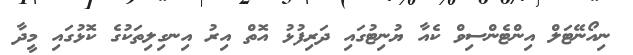
ނިއޯނޭޓަލް އިންޓެންސިވް ކެއާ ޔުނިޓުގައި ދަރިފުޅު އޮތް އިރު އިނގިލިތަކުގެ ކޮޅުގައި މީދާ